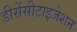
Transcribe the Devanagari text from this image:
डीसेंसीटाइजेशन